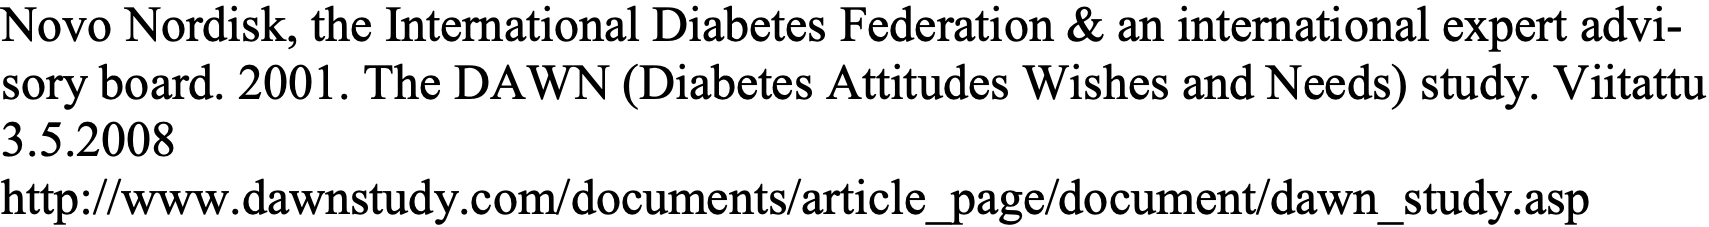
Novo Nordisk, the International Diabetes Federation & an international expert advi- sory board. 2001. The DAWN (Diabetes Attitudes Wishes and Needs) study. Viitattu 3.5.2008 http://www.dawnstudy.com/documents/article_page/document/dawn_study.asp